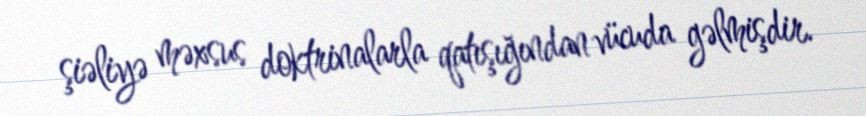
şiəliyə məxsus doktrinalarla qatışığından vücuda gəlmişdir.